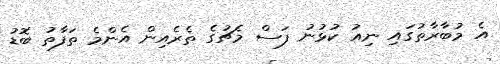
އެ މުބާރާތުގައި ނިއު ކުޅުނު ފަސް މެޗުގެ ތެރެއިން އެންމެ ތަފާތު ބޮޑު